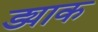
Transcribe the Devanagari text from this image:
ड्याक